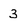
Character: 3